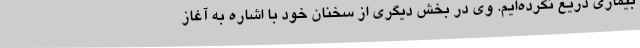
بیماری دریغ نکرده‌ایم. وی در بخش دیگری از سخنان خود با اشاره به آغاز